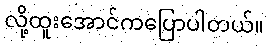
လို့ထူးအောင်ကပြောပါတယ်။